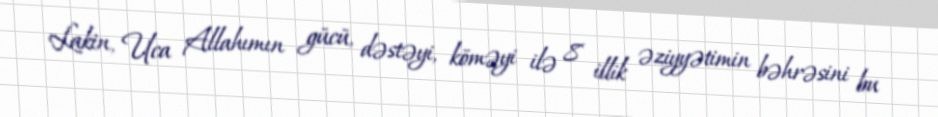
Lakin, Uca Allahımın gücü, dəstəyi, köməyi ilə 8 illik əziyyətimin bəhrəsini bu